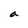
Character: a